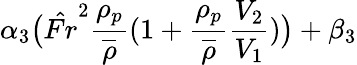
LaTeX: \alpha_{3}\big(\hat{Fr}^{2}\frac{\rho_{p}}{\overline{{\rho}}}(1+\frac{\rho_{p}}{\overline{{\rho}}}\frac{V_{2}}{V_{1}})\big)+\beta_{3}